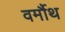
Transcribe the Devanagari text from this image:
वर्मौथ